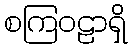
စကြဝဠာရှိ